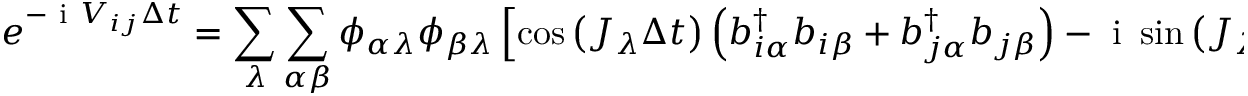
e ^ { - \ensuremath { \mathrm { ~ i ~ } } V _ { i j } \Delta t } = \sum _ { \lambda } \sum _ { \alpha \beta } \phi _ { \alpha \lambda } \phi _ { \beta \lambda } \left[ \cos \left( J _ { \lambda } \Delta t \right) \left( b _ { i \alpha } ^ { \dagger } b _ { i \beta } + b _ { j \alpha } ^ { \dagger } b _ { j \beta } \right) - \ensuremath { \mathrm { ~ i ~ } } \sin \left( J _ { \lambda } \Delta t \right) \left( b _ { i \alpha } ^ { \dagger } b _ { j \beta } + b _ { j \alpha } ^ { \dagger } b _ { i \beta } \right) \right] .